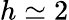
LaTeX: h\simeq 2